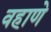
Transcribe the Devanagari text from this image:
वहाणे